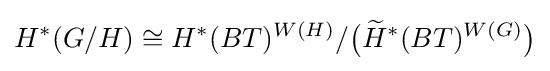
H^{*}(G/H)\cong H^{*}(BT)^{W(H)}/{\big (}{\widetilde {H}}^{*}(BT)^{W(G)}{\big )}